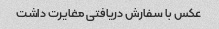
عکس با سفارش دریافتی مغایرت داشت